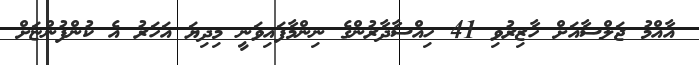
އާއްމު ޖަލްސާއަށް ހާޒިރުވި 41 ހިއްސާދާރުންގެ ނިންމާފައިވަނީ މިދިޔަ އަހަރު އެ ކުންފުންޏަށް